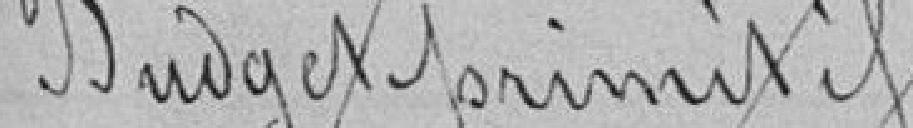
Budget primitif